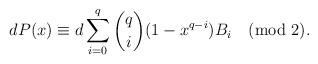
LaTeX: \begin{align*}dP(x)\equiv d\sum\limits_{i=0}^{q}\binom {q} {i}(1-x^{q-i})B_{i}\pmod{2}.\end{align*}